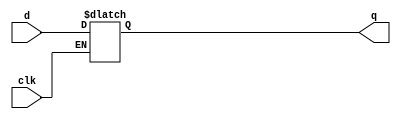
module d_latch
(
    input       clk,
    input       d,
    output reg  q
);

    always @ (clk or d)
        if(clk)
            q <= d;

endmodule